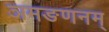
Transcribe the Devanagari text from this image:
ञमङणनम्